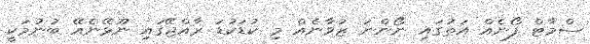
ސްމާޓް ފޯނެއް އަތުގައި ނޯންނަ ޒުވާނެއް މި ކުޑަކުޑަ ރާއްޖޭގައި ނޫޅޭނެއޭ ބުނުމަކީ